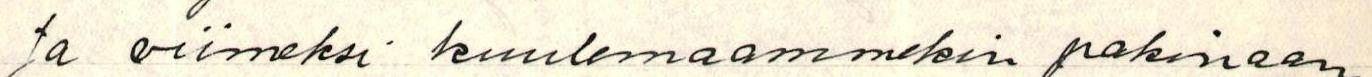
Ja viimeksi kuulemaammekin pakinaan